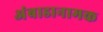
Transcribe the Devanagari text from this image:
अंबाडानामक